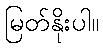
မြတ်နိုးပါ။